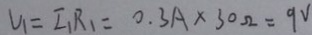
V _ { 1 } = I _ { 1 } R _ { 1 } = 0 . 3 A \times 3 0 \Omega = 9 V